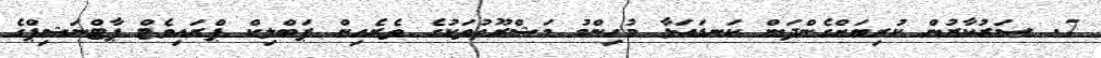
7. ސަރުކާރުން ކުރިޔަށްގެންދަން ކަނޑައަޅާ މުހިންމު މަޝްރޫޢުތަކުގެ ތެރެއިން ޕަބްލިކް ޕްރައިވެޓް ޕާޓްނަޝިޕްގެ